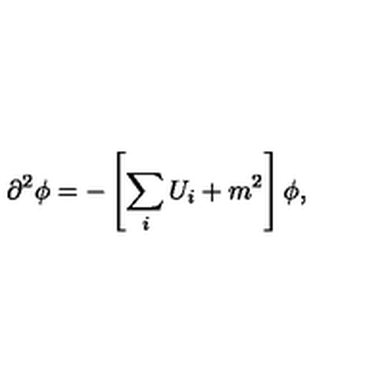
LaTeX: \partial ^ { 2 } \phi = - \left[ \sum _ { i } U _ { i } + m ^ { 2 } \right] \phi ,